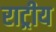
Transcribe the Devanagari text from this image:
राट्रीय